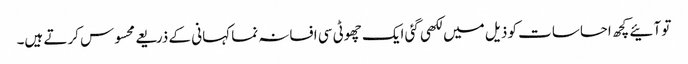
تو آئیے کچھ احساسات کو ذیل میں لکھی گئی ایک چھوٹی سی افسانہ نما کہانی کے ذریعے محسوس کرتے ہیں۔